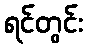
ရင်တွင်း